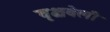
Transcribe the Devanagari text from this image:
वृक्षवेली